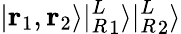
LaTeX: |\mathbf{r}_{1},\mathbf{r}_{2}\rangle|{^L_{R}}_{1}\rangle|{^L_{R}}_{2}\rangle